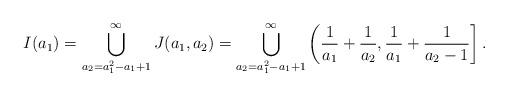
LaTeX: \begin{align*}I(a_1) & = \bigcup_{a_2 = a_1^2-a_1+1}^{\infty} J(a_1,a_2) = \bigcup_{a_2 = a_1^2-a_1+1}^{\infty} \left(\frac{1}{a_1} + \frac{1}{a_2}, \frac{1}{a_1} + \frac{1}{a_2-1} \right]. \end{align*}